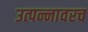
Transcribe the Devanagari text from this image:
उत्पन्नावरच